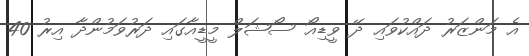
އެ މަންޒަރު ދައްކުވައި ދޭ ވީޑިއޯ ސޯޝަލް މީޑީއާގައި ދަރުވަމުންދާ އިރު 40